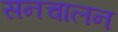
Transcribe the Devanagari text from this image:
सनचालन